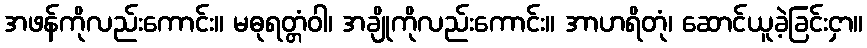
အဖန်ကိုလည်းကောင်း။ မဓုရတ္တံဝါ၊ အချိုကိုလည်းကောင်း။ အာဟရိတုံ၊ ဆောင်ယူခဲ့ခြင်းငှာ။